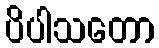
ပိပါသတော